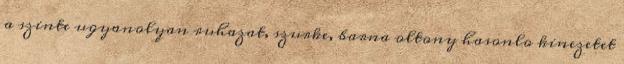
a szinte ugyanolyan ruhazat, szurke, barna oltony hasonlo kinezetet